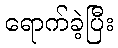
ရောက်ခဲ့ပြီး